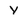
Character: Y